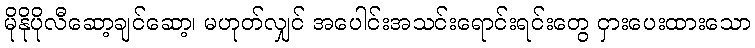
မိုနိုပိုလီဆော့ချင်ဆော့၊ မဟုတ်လျှင် အပေါင်းအသင်းရောင်းရင်းတွေ ငှားပေးထားသော